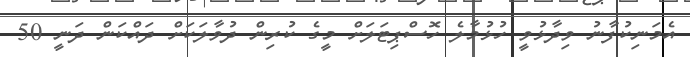
އެމަނިކުފާނު ވިދާޅުވީ ހުޅުމާލެ ހޮސްޕިޓަލަށް މީގެ ކުރިން ދުވާލަކަށް ދައްކަން ދަނީ 50